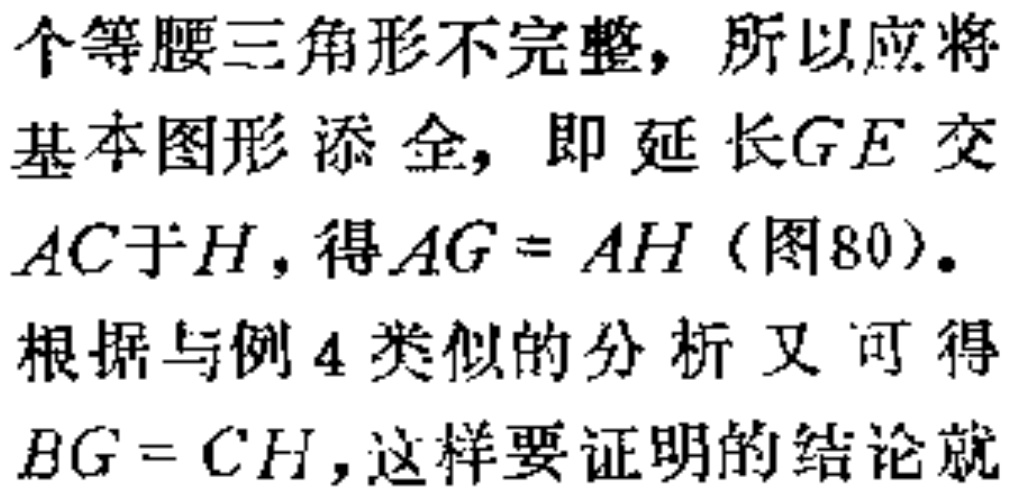
个等腰三角形不完整，所以应将

基本图形添全，即延长\(GE\)交

\(AC\)于\(H\)，得\(AG = AH\)（图80）。

根据与例4类似的分析又可得

\(BG = CH\)，这样要证明的结论就